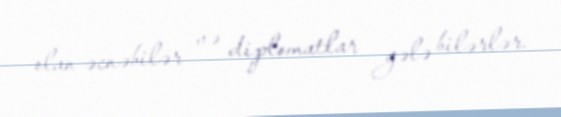
olan əcnəbilər və diplomatlar gələ bilərlər.